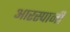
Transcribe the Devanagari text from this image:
आरस्पानी